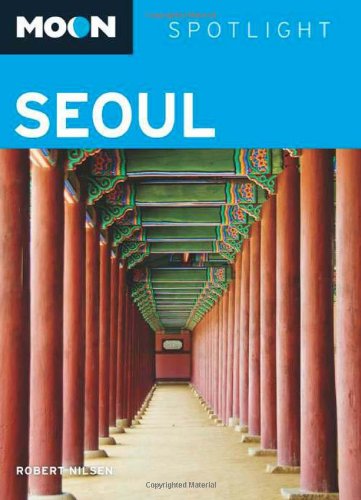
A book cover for Moon Spotlight Seoul; Robert Nilsen; Travel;